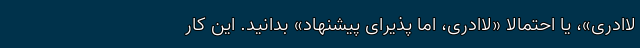
لاادری»، یا احتمالاً «لاادری، اما پذیرای پیشنهاد» بدانید. این کار